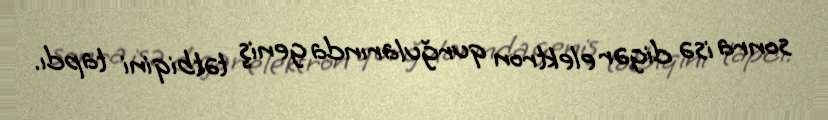
sonra isə digər elektron qurğularında geniş tətbiqini tapdı.